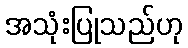
အသုံးပြုသည်ဟု